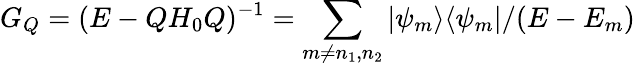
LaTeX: G_{Q}=(E-QH_{0}Q)^{-1}=\sum_{m\neq n_{1},n_{2}}|\psi_{m}\rangle\langle\psi_{m}|/(E-E_{m})